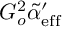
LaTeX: G _ { o } ^ { 2 } \tilde { \alpha } _ { \mathrm { e f f } } ^ { \prime }